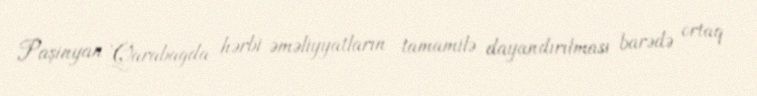
Paşinyan Qarabağda hərbi əməliyyatların tamamilə dayandırılması barədə ortaq